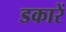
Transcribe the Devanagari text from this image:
डकारें